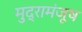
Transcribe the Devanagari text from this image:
मुद्रामंजूष